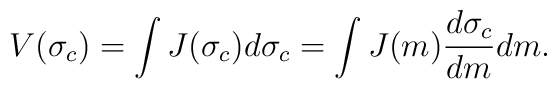
V(\sigma_c) = \int J(\sigma_c)d\sigma_c = \int J(m) \frac{d\sigma_c}{dm} dm.